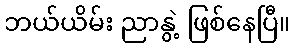
ဘယ်ယိမ်း ညာနွဲ့ ဖြစ်နေပြီ။